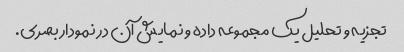
تجزیه و تحلیل یک مجموعه داده و نمایش آن در نمودار بصری.